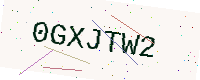
Text: 0GXJTW2